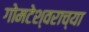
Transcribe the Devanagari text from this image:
गोमटेश्‍वराच्या